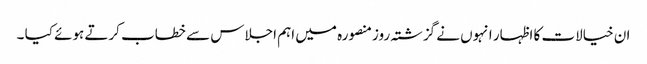
ان خیالات کا اظہار انہوں نے گزشتہ روزمنصورہ میں اہم اجلاس سے خطاب کرتے ہوئے کیا ۔